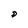
Character: D